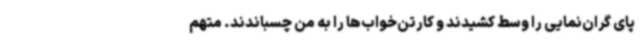
پای گران‌نمایی را وسط کشیدند و کارتن‌خواب‌ها را به من چسباندند. متهم